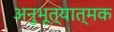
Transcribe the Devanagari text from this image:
अनुभूत्यात्मक